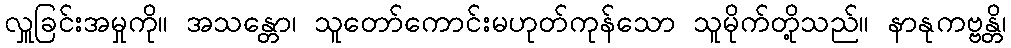
လှူခြင်းအမှုကို။ အသန္တော၊ သူတော်ကောင်းမဟုတ်ကုန်သော သူမိုက်တို့သည်။ နာနုကဗ္ဗန္တိ၊